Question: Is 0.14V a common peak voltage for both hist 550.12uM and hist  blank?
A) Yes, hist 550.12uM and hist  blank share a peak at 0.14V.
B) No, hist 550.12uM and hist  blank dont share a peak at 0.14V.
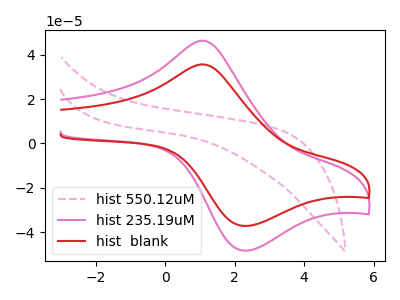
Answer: <think>The pink dashed curve "hist 550.12uM" has no peaks. The pink curve "hist 235.19uM" has an anodic peak at (1.10V, 46.35uA) and a cathodic peak at (2.25V, -48.35uA). The red curve "hist  blank" has an anodic peak at (1.10V, 35.65uA) and a cathodic peak at (2.25V, -37.20uA).</think>
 <answer>B) No, "hist 550.12uM" and "hist  blank" dont share a peak at 0.14V.</answer>
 <eval>B</eval>